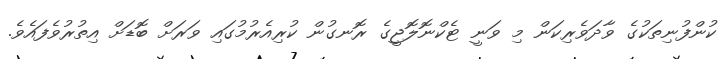
ކުންފުނިތަކުގެ ވާދަވެރިކަން މި ވަނީ ޓެކްނޮލޮޖީގެ ރޮނގުން ކުރިއެރުމުގައި ވަރަށް ބޮޑަށް އިތުރުވެފައެވެ.